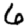
Digit: 6